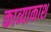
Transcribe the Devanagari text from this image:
काव्याकाश